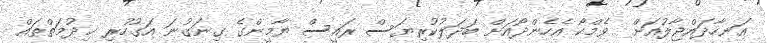
އަނހާދައްޖާލުއަށް  ވެމްކޯ އެހެންދޯއަށް ބަދަލުކުރިޔަސް ރައީސް ޔާމީންގެ ގިނަގުނަ އަގުހުރި ޚިދުމަތްތައް